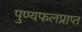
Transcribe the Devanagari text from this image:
पुण्यफलप्राप्त